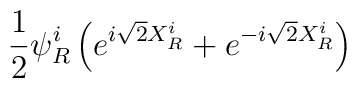
\frac{1}{2}\psi^{i}_{R}        \left(e^{i\sqrt{2}X_{R}^{i}}+e^{-i\sqrt{2}X_{R}^{i}}        \right)